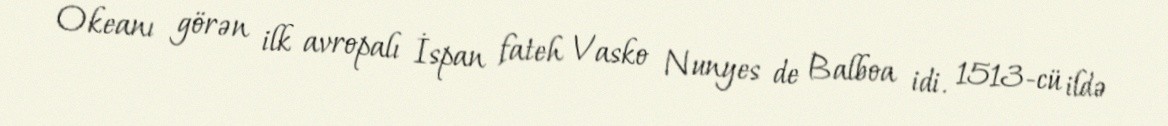
Okeanı görən ilk avropalı İspan fateh Vasko Nunyes de Balboa idi. 1513-cü ildə